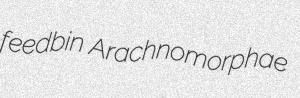
feedbin Arachnomorphae